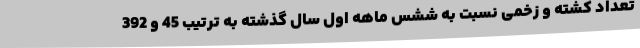
تعداد کشته و زخمی نسبت به ششس ماهه اول سال گذشته به ترتیب 45 و 392